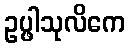
ဥပ္ဖါသုလိကေ